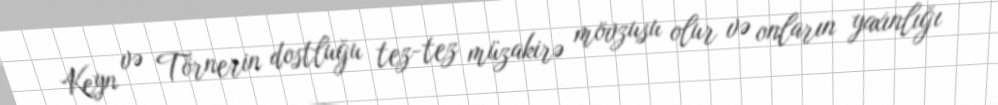
Keyn və Törnerin dostluğu tez-tez müzakirə mövzusu olur və onların yaxınlığı